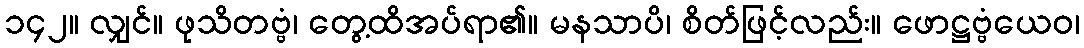
၁၄၂။ လျှင်။ ဖုသိတဗ္ဗံ၊ တွေ့ထိအပ်ရာ၏။ မနသာပိ၊ စိတ်ဖြင့်လည်း။ ဖောဋ္ဌဗ္ဗံယေဝ၊